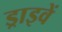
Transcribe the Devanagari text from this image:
ड्राइवें